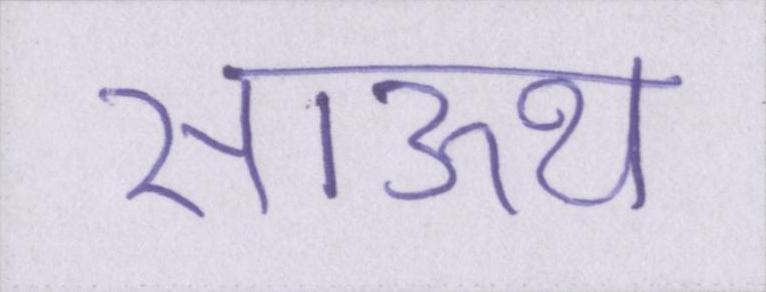
साऊथ